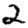
Digit: 2